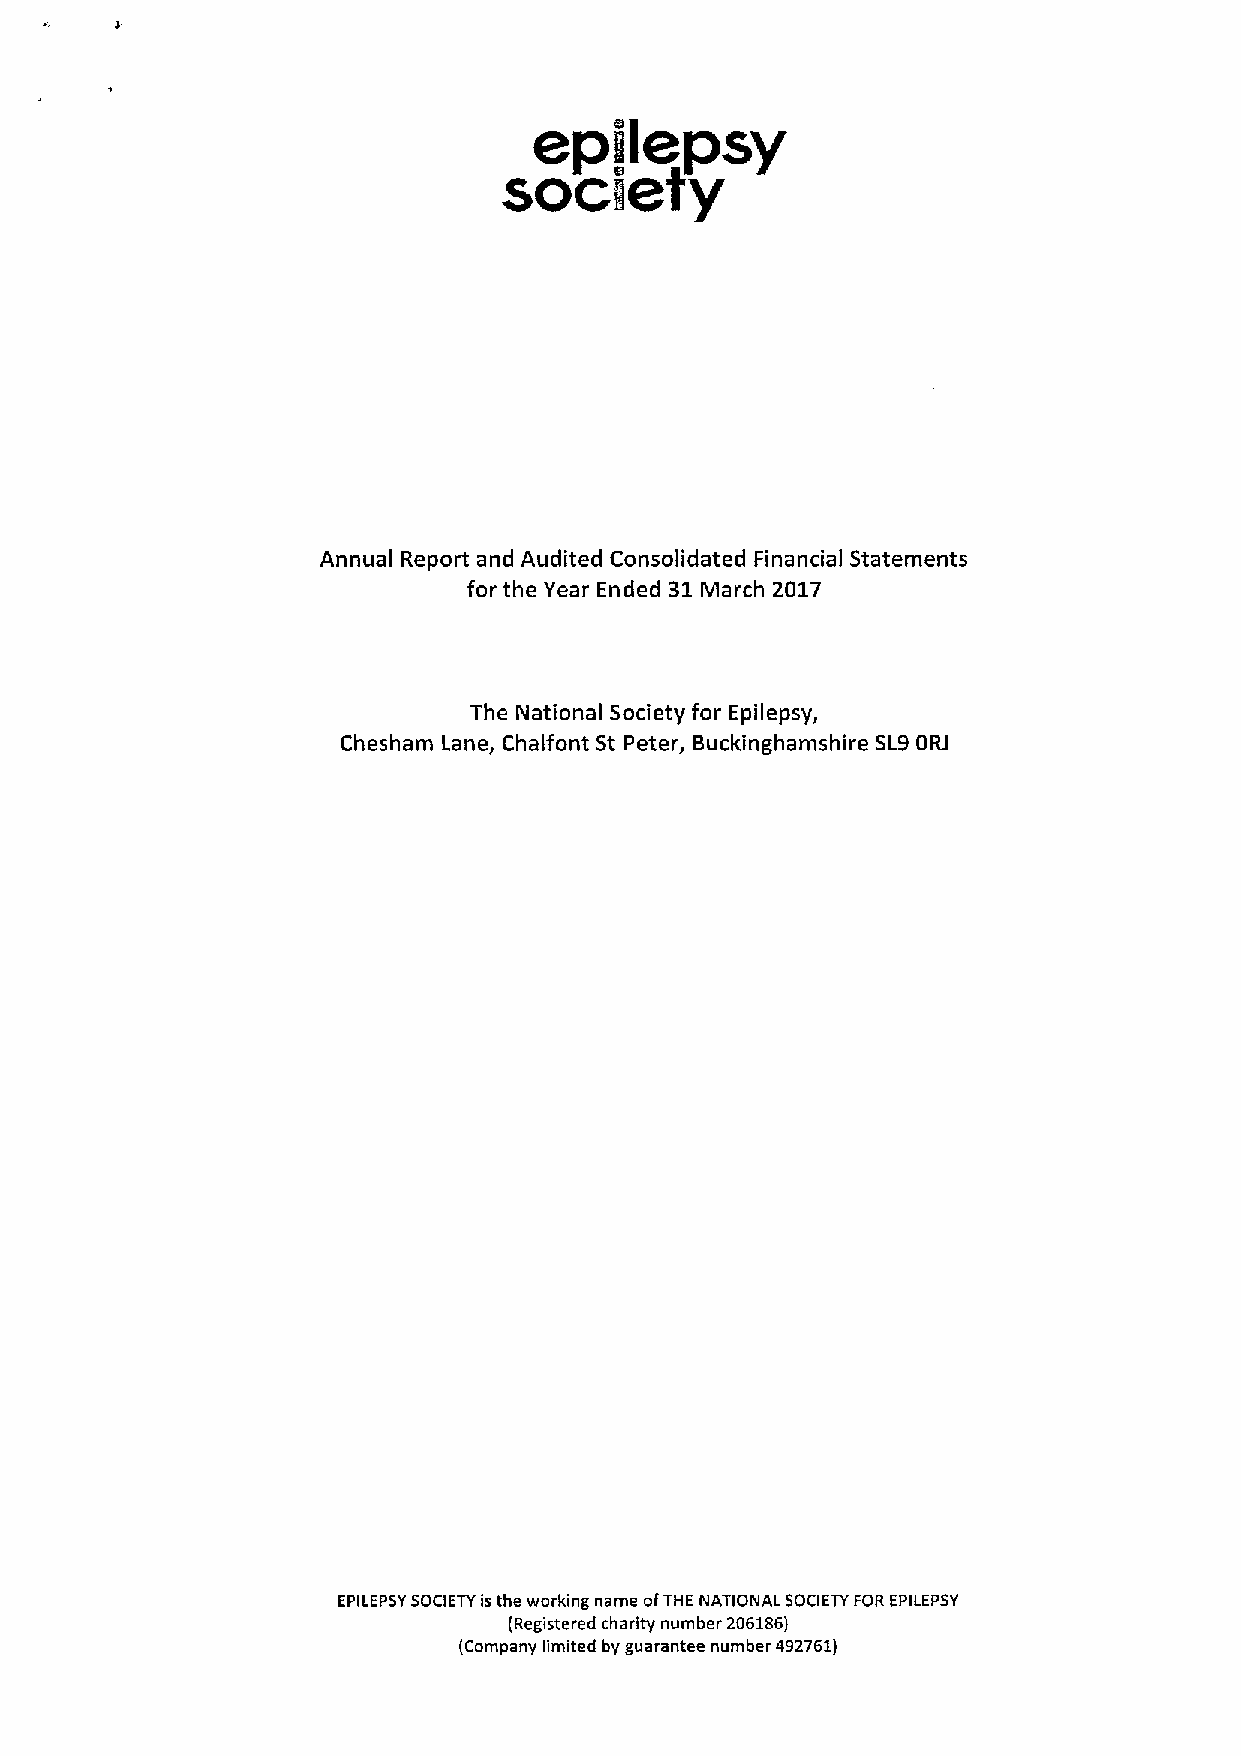
epilepsy
 society
 Annual Report and Audited Consolidated Financial Statements
 for the Year Ended 31March 2017
 The National Society for Epilepsy,
 Chesham Lane, Chalfont St Peter, Buckinghamshire SL9OELI
 EPILEPSYSOCIETYis the working name ofTHE NATIONAL SOCIETYFOR EPILEPSY
 (Registered charity number 206186l
 (Company limited by guarantee number 492761)